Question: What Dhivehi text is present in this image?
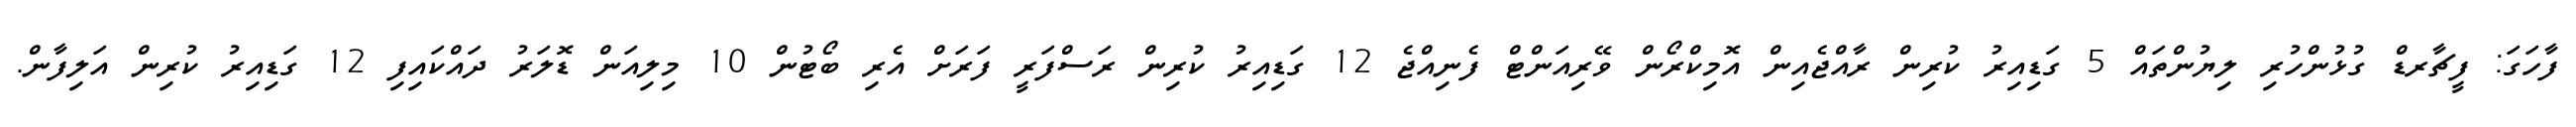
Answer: ފާހަގަ: ފީޗާރޑް ގުޅުންހުރި ލިޔުންތައް 5 ގަޑިއިރު ކުރިން ރާއްޖެއިން އޮމިކްރޯން ވޭރިއަންޓް ފެނިއްޖެ 12 ގަޑިއިރު ކުރިން ރަސްފަރީ ފަރަށް އެރި ބޯޓުން 10 މިލިއަން ޑޮލަރު ދައްކައިފި 12 ގަޑިއިރު ކުރިން އަލިފާން.